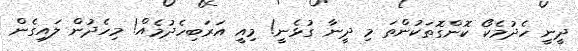
ދީނީ ހެދުމެކޯ ކޮންގޮތަކުންތަ މި ދީނާ ގުޅެނީ! މިއީ އަރަބިހެދުމެއް! މިހެދުން ލައިގެން